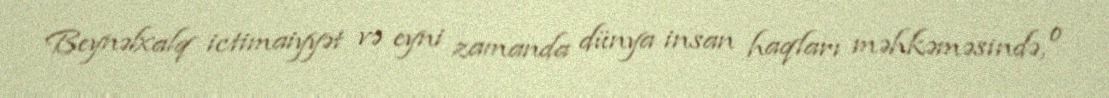
Beynəlxalq ictimaiyyət və eyni zamanda dünya insan haqları məhkəməsində, o